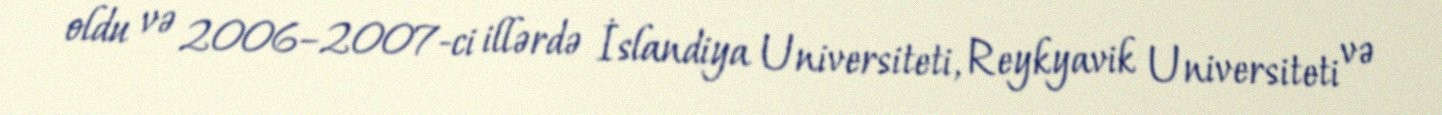
oldu və 2006–2007-ci illərdə İslandiya Universiteti, Reykyavik Universiteti və